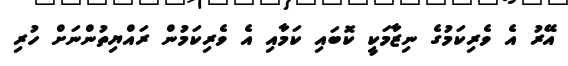
އޭރު އެ ވެރިކަމުގެ ނިޒާމަކީ ކޮބައި ކަމާއި އެ ވެރިކަމުން ރައްޔިތުންނަށް ހުރި